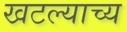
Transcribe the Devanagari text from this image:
खटल्याच्य